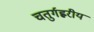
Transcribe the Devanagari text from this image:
चतुर्गह्वरीय